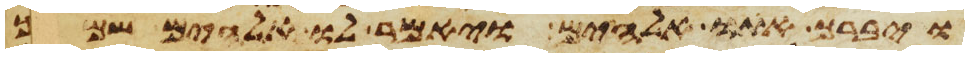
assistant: ויברך אתו אלהים ויאמר לו אלהים שמך